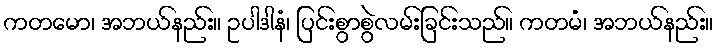
ကတမော၊ အဘယ်နည်း။ ဥပါဒါနံ၊ ပြင်းစွာစွဲလမ်းခြင်းသည်။ ကတမံ၊ အဘယ်နည်း။